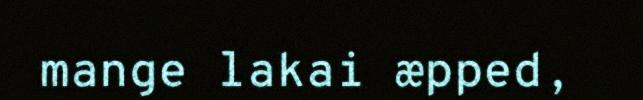
mange lakai æpped,